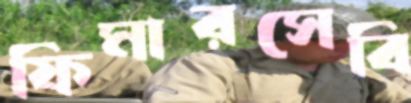
ফিমারসেবি